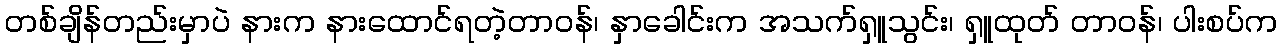
တစ်ချိန်တည်းမှာပဲ နားက နားထောင်ရတဲ့တာဝန်၊ နှာခေါင်းက အသက်ရှူသွင်း၊ ရှူထုတ် တာဝန်၊ ပါးစပ်က